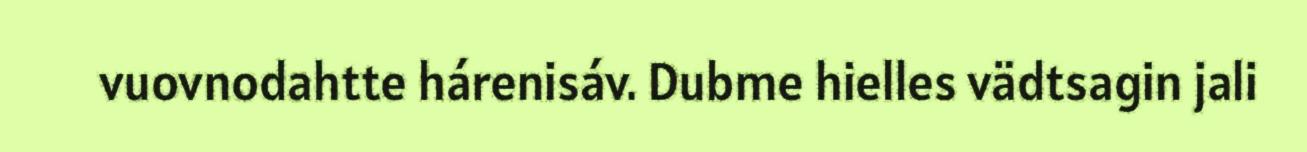
vuovnodahtte hárenisáv. Dubme hielles vädtsagin jali